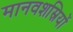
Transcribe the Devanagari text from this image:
मानवशस्रियों